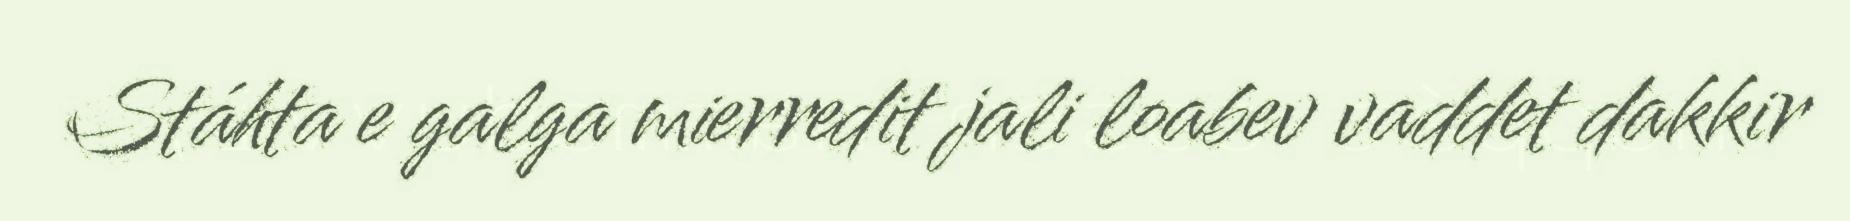
Stáhta e galga mierredit jali loabev vaddet dakkir